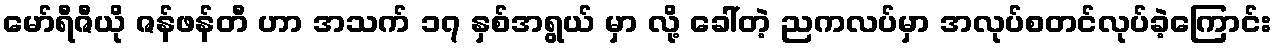
မော်ရီဇီယို ဇန်ဖန်တီ ဟာ အသက် ၁၇ နှစ်အရွယ် မှာ လို့ ခေါ်တဲ့ ညကလပ်မှာ အလုပ်စတင်လုပ်ခဲ့ကြောင်း